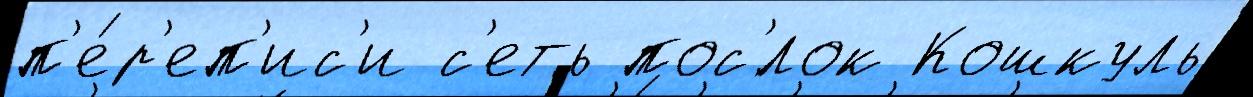
п'е́р'еп'ис'и с'еть пос'́лок Кошкуль